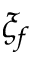
\xi _ { f }